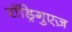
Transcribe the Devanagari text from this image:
रॉड्रिगुएज़